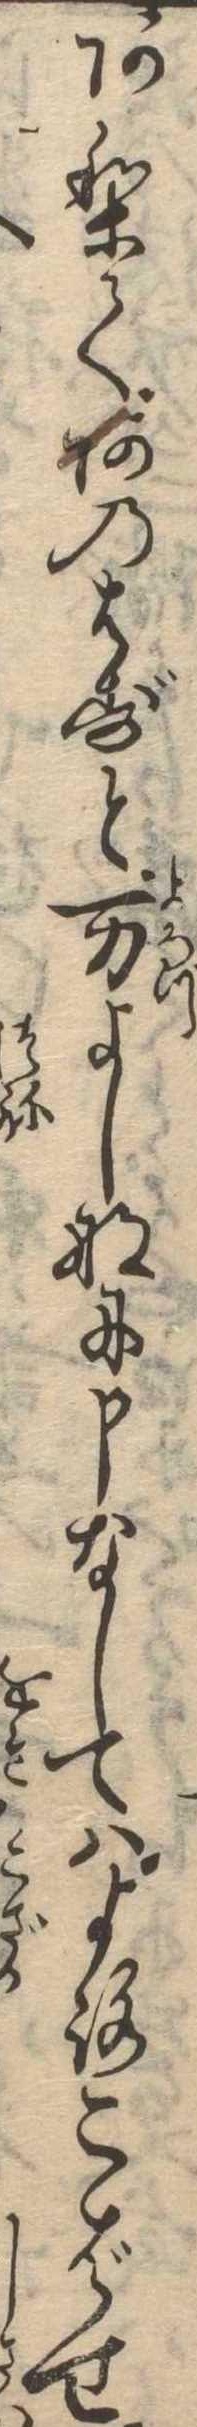
ありてあのはずと万よしなに申なしてはよろこばせ